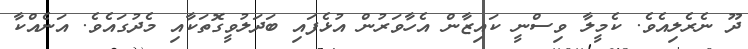
ދޫ ނެރެލިއެވެ. ކެމީލާ ވިސްނީ ކައިޒާން އެހާވަރުން އުޅެފައި ބަދަލުވީގޮތަކާއި މެދުގައެވެ. އަނެއްކާ